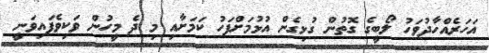
އަހަރެއްހާދުވަހު ލޯބީގެ ގޮތުން ގުޅިގެން އުޅުމަށްފަހު ކަމަށާއި މި ދެ މީހުން ވަކިވެފައިވަނީ